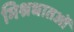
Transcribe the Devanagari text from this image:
मिश्रधातओं